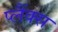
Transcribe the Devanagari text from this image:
प्लैंक्स